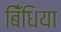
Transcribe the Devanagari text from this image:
बिँधिया